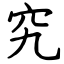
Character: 究